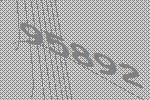
95892